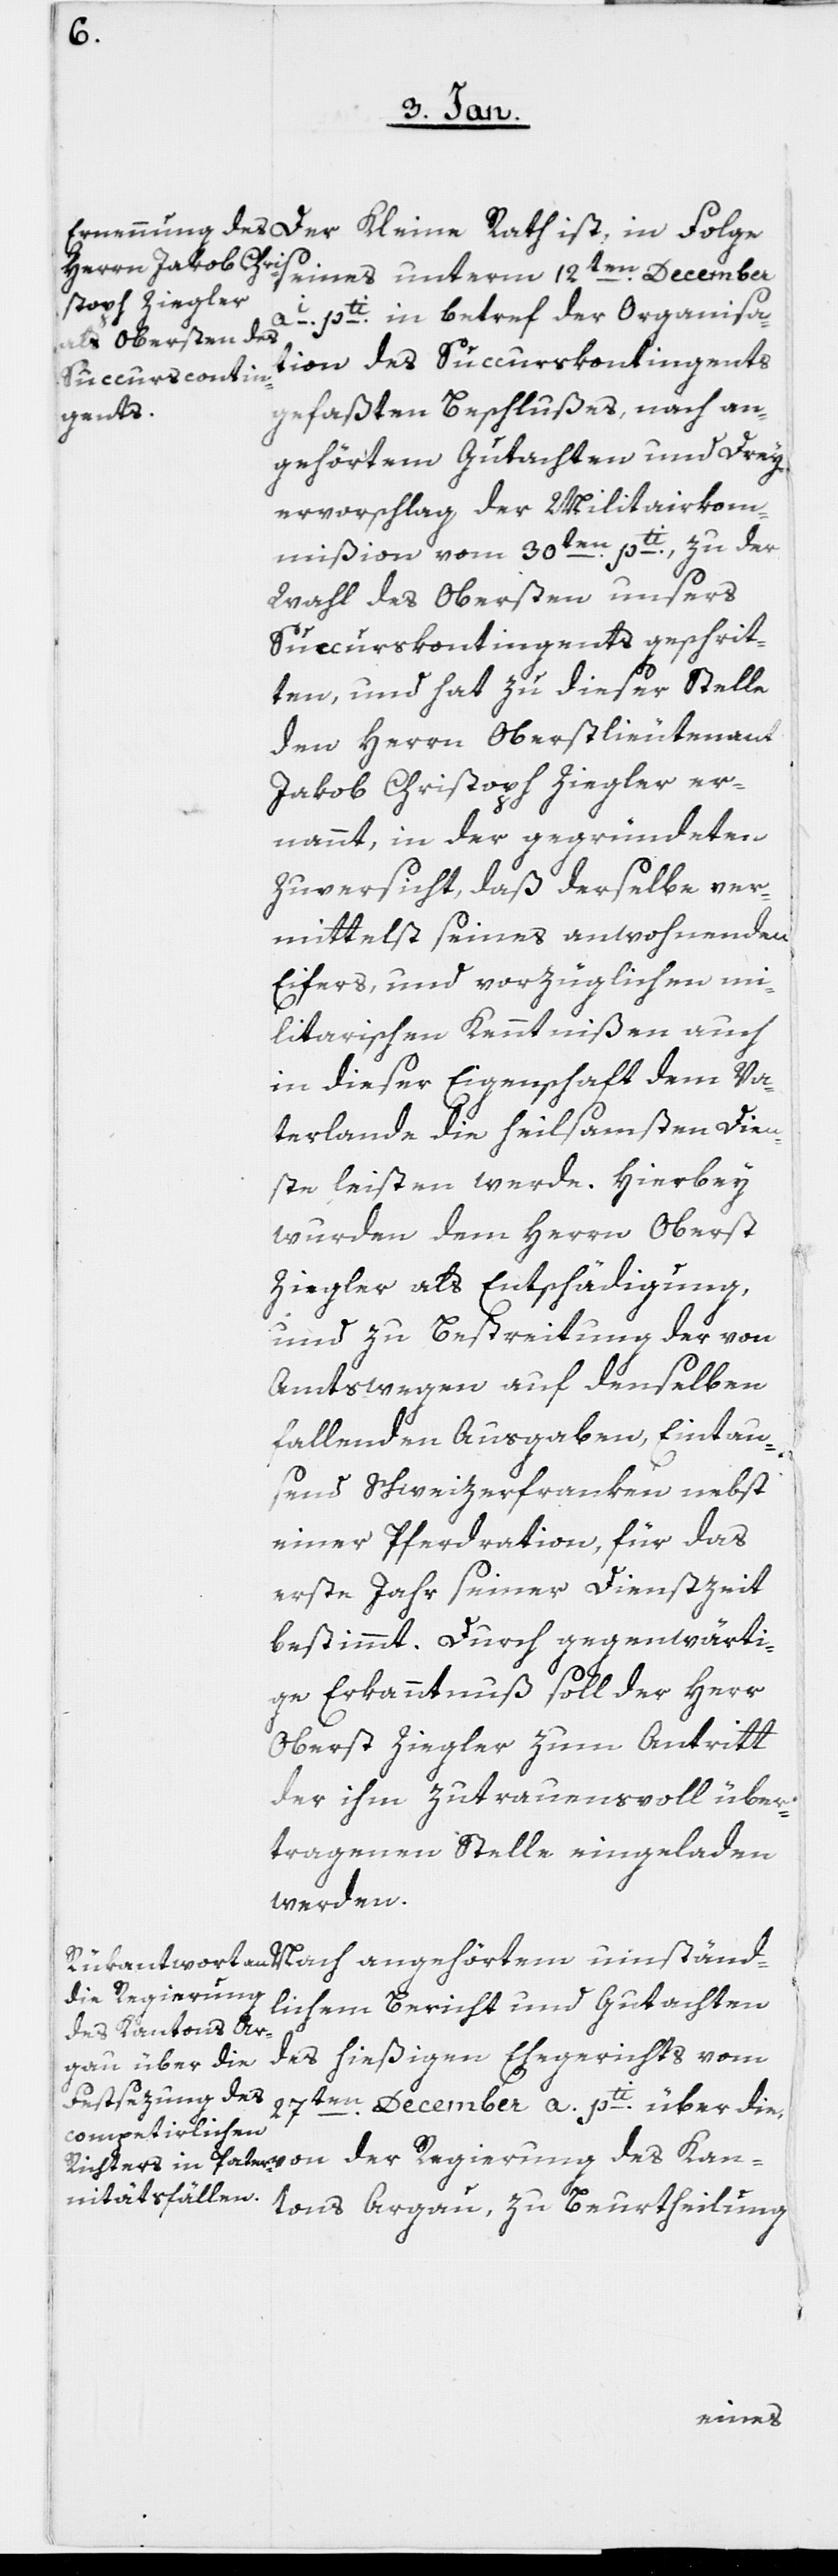
Der Kleine Rath ist, in Folge
seines unterm 12ten. December
ai. pti. in betref der Organisa¬
tion des Succurskontingents
gefaßten Beschlußes, nach an¬
gehörtem Gutachten und Drey¬
ervorschlag der Militairkom¬
mißion vom 30sten. pti., zu der
Wahl des Obersten unsers
Succurskontingents geschrit¬
ten, und hat zu dieser Stelle
den Herrn Oberstlieutenant
Jakob Christoph Ziegler er¬
nannt, in der gegründeten
Zuversicht, daß derselbe ver¬
mittelst seines anwohnenden
Eifers, und vorzüglichen mi¬
litarischen Kenntnißen auch
in dieser Eigenschaft dem Va¬
terlande die heilsamsten Dien¬
ste leisten werde. Hierbey
wurden dem Herrn Oberst
Ziegler als Entschädigung,
und zu Bestreitung der von
Amtswegen auf denselben
fallenden Ausgaben, Eintau¬
send Schweizerfranken nebst
einer Pferdration, für das
erste Jahr seiner Dienstzeit
bestimmt. Durch gegenwärti¬
ge Erkanntnuß soll der Herr
Oberst Ziegler zum Antritt
der ihm zutrauensvoll über¬
tragenen Stelle eingeladen
werden.
der Regierung
lichen Bericht und Gutachten
Kantons Aargau, zu Beurtheilung
umständ¬